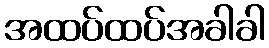
အထပ်ထပ်အခါခါ